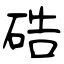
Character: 硞